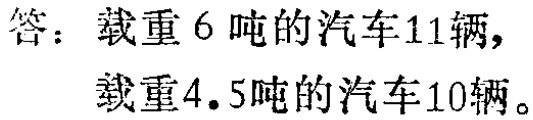
答：载重$6$吨的汽车$11$辆，
载重$4.5$吨的汽车$10$辆。